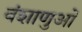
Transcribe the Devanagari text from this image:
वंशाणुओं